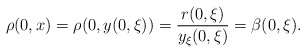
\begin{align*} \rho(0,x)=\rho(0,y(0,\xi))=\frac{r(0,\xi)}{y_\xi(0,\xi)}=\beta(0,\xi).\end{align*}